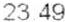
23.49